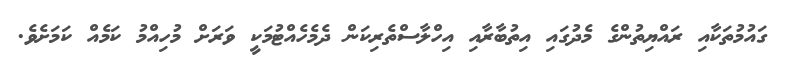
ގައުމުތަކާއި ރައްޔިތުންގެ މެދުގައި އިތުބާރާއި އިހްލާސްތެރިކަން ދެމެހެއްޓުމަކީ ވަރަށް މުހިއްމު ކަމެއް ކަމަށެވެ.